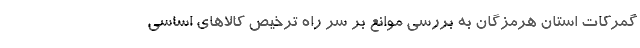
گمرکات استان هرمزگان به بررسی موانع بر سر راه ترخیص کالاهای اساسی